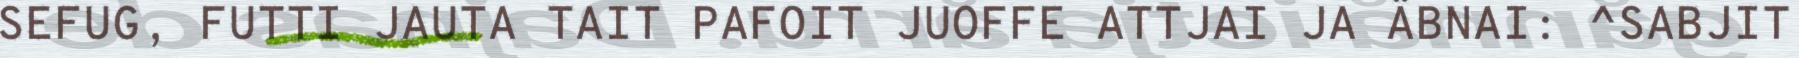
SEFUG, FUTTI JAUTA TAIT PAFOIT JUOFFE ATTJAI JA ÄBNAI: ^SABJIT